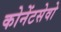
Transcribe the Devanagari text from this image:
कोनेंटसेवो